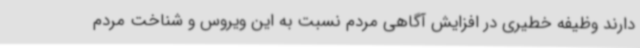
دارند وظیفه خطیری در افزایش آگاهی مردم نسبت به این ویروس و شناخت مردم